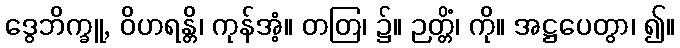
ဒွေဘိက္ခူ, ဝိဟရန္တိ၊ ကုန်အံ့။ တတြ၊ ၌။ ဉတ္တိံ၊ ကို။ အဋ္ဌပေတွာ၊ ၍။